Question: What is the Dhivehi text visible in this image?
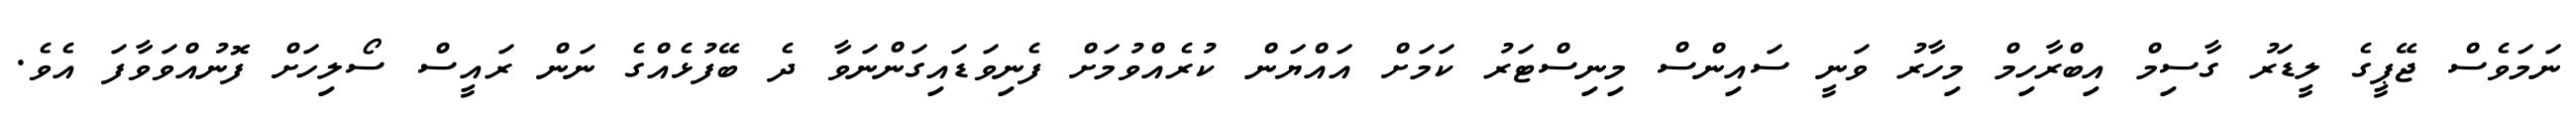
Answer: ނަމަވެސް ޖޭޕީގެ ލީޑަރު ގާސިމް އިބްރާހިމް މިހާރު ވަނީ ސައިންސް މިނިސްޓަރު ކަމަށް އައްޔަން ކުރެއްވުމަށް ފެނިވަޑައިގަންނަވާ ދެ ބޭފުޅެއްގެ ނަން ރައީސް ސޯލިހަށް ފޮނުއްވަވާފަ އެވެ.